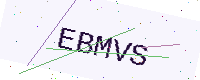
Text: EBMVS